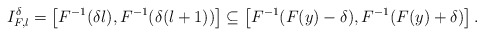
\begin{align*} I_{F,l}^{\delta} = \left[F^{-1}(\delta l),F^{-1}(\delta (l+1))\right] \subseteq \left[F^{-1}(F(y)-\delta),F^{-1}(F(y)+\delta)\right]. \end{align*}